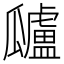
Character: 𤬜